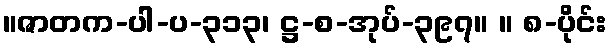
။ဇာတက-ပါ-ပ-၃၁၃၊ ဋ္ဌ-စ-အုပ်-၃၉၇။ ။ ၈-ပိုင်း